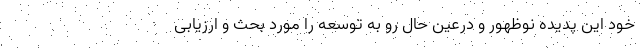
خود این پدیده نوظهور و درعین حال رو به توسعه را مورد بحث و ارزیابی